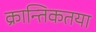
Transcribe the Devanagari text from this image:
क्रान्तिकतया